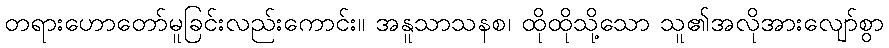
တရားဟောတော်မူခြင်းလည်းကောင်း။ အနူသာသနစ၊ ထိုထိုသို့သော သူ၏အလိုအားလျော်စွာ